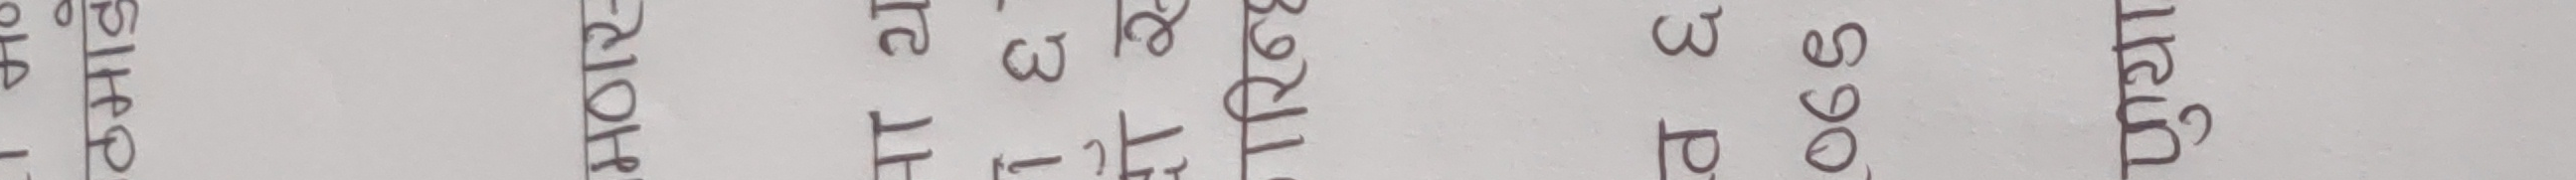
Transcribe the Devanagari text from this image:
जिरो ३ p 990